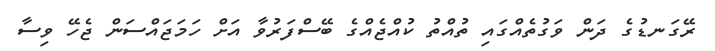
ރޭގަނޑުގެ ދަން ވަގުތެއްގައި ތުއްތު ކުއްޖެއްގެ ބޭސްފަރުވާ އަށް ހަމަޖައްސަން ޖެހޭ ވިސާ